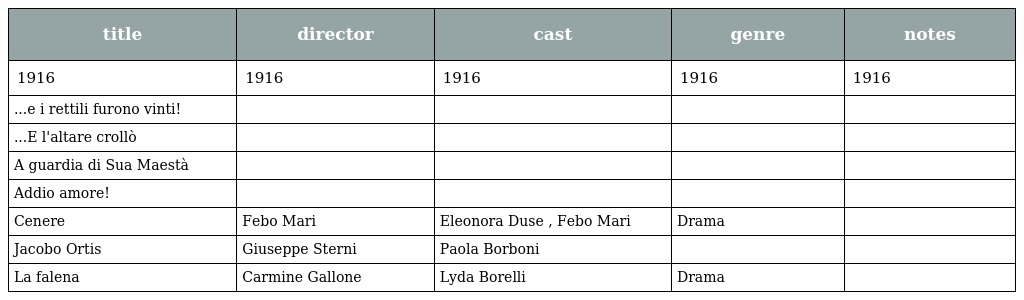
| title | director | cast | genre | notes |
 | --- | --- | --- | --- | --- |
 | 1916 | 1916 | 1916 | 1916 | 1916 |
 | ...e i rettili furono vinti! |  |  |  |  |
 | ...E l'altare crollò |  |  |  |  |
 | A guardia di Sua Maestà |  |  |  |  |
 | Addio amore! |  |  |  |  |
 | Cenere | Febo Mari | Eleonora Duse , Febo Mari | Drama |  |
 | Jacobo Ortis | Giuseppe Sterni | Paola Borboni |  |  |
 | La falena | Carmine Gallone | Lyda Borelli | Drama |  |